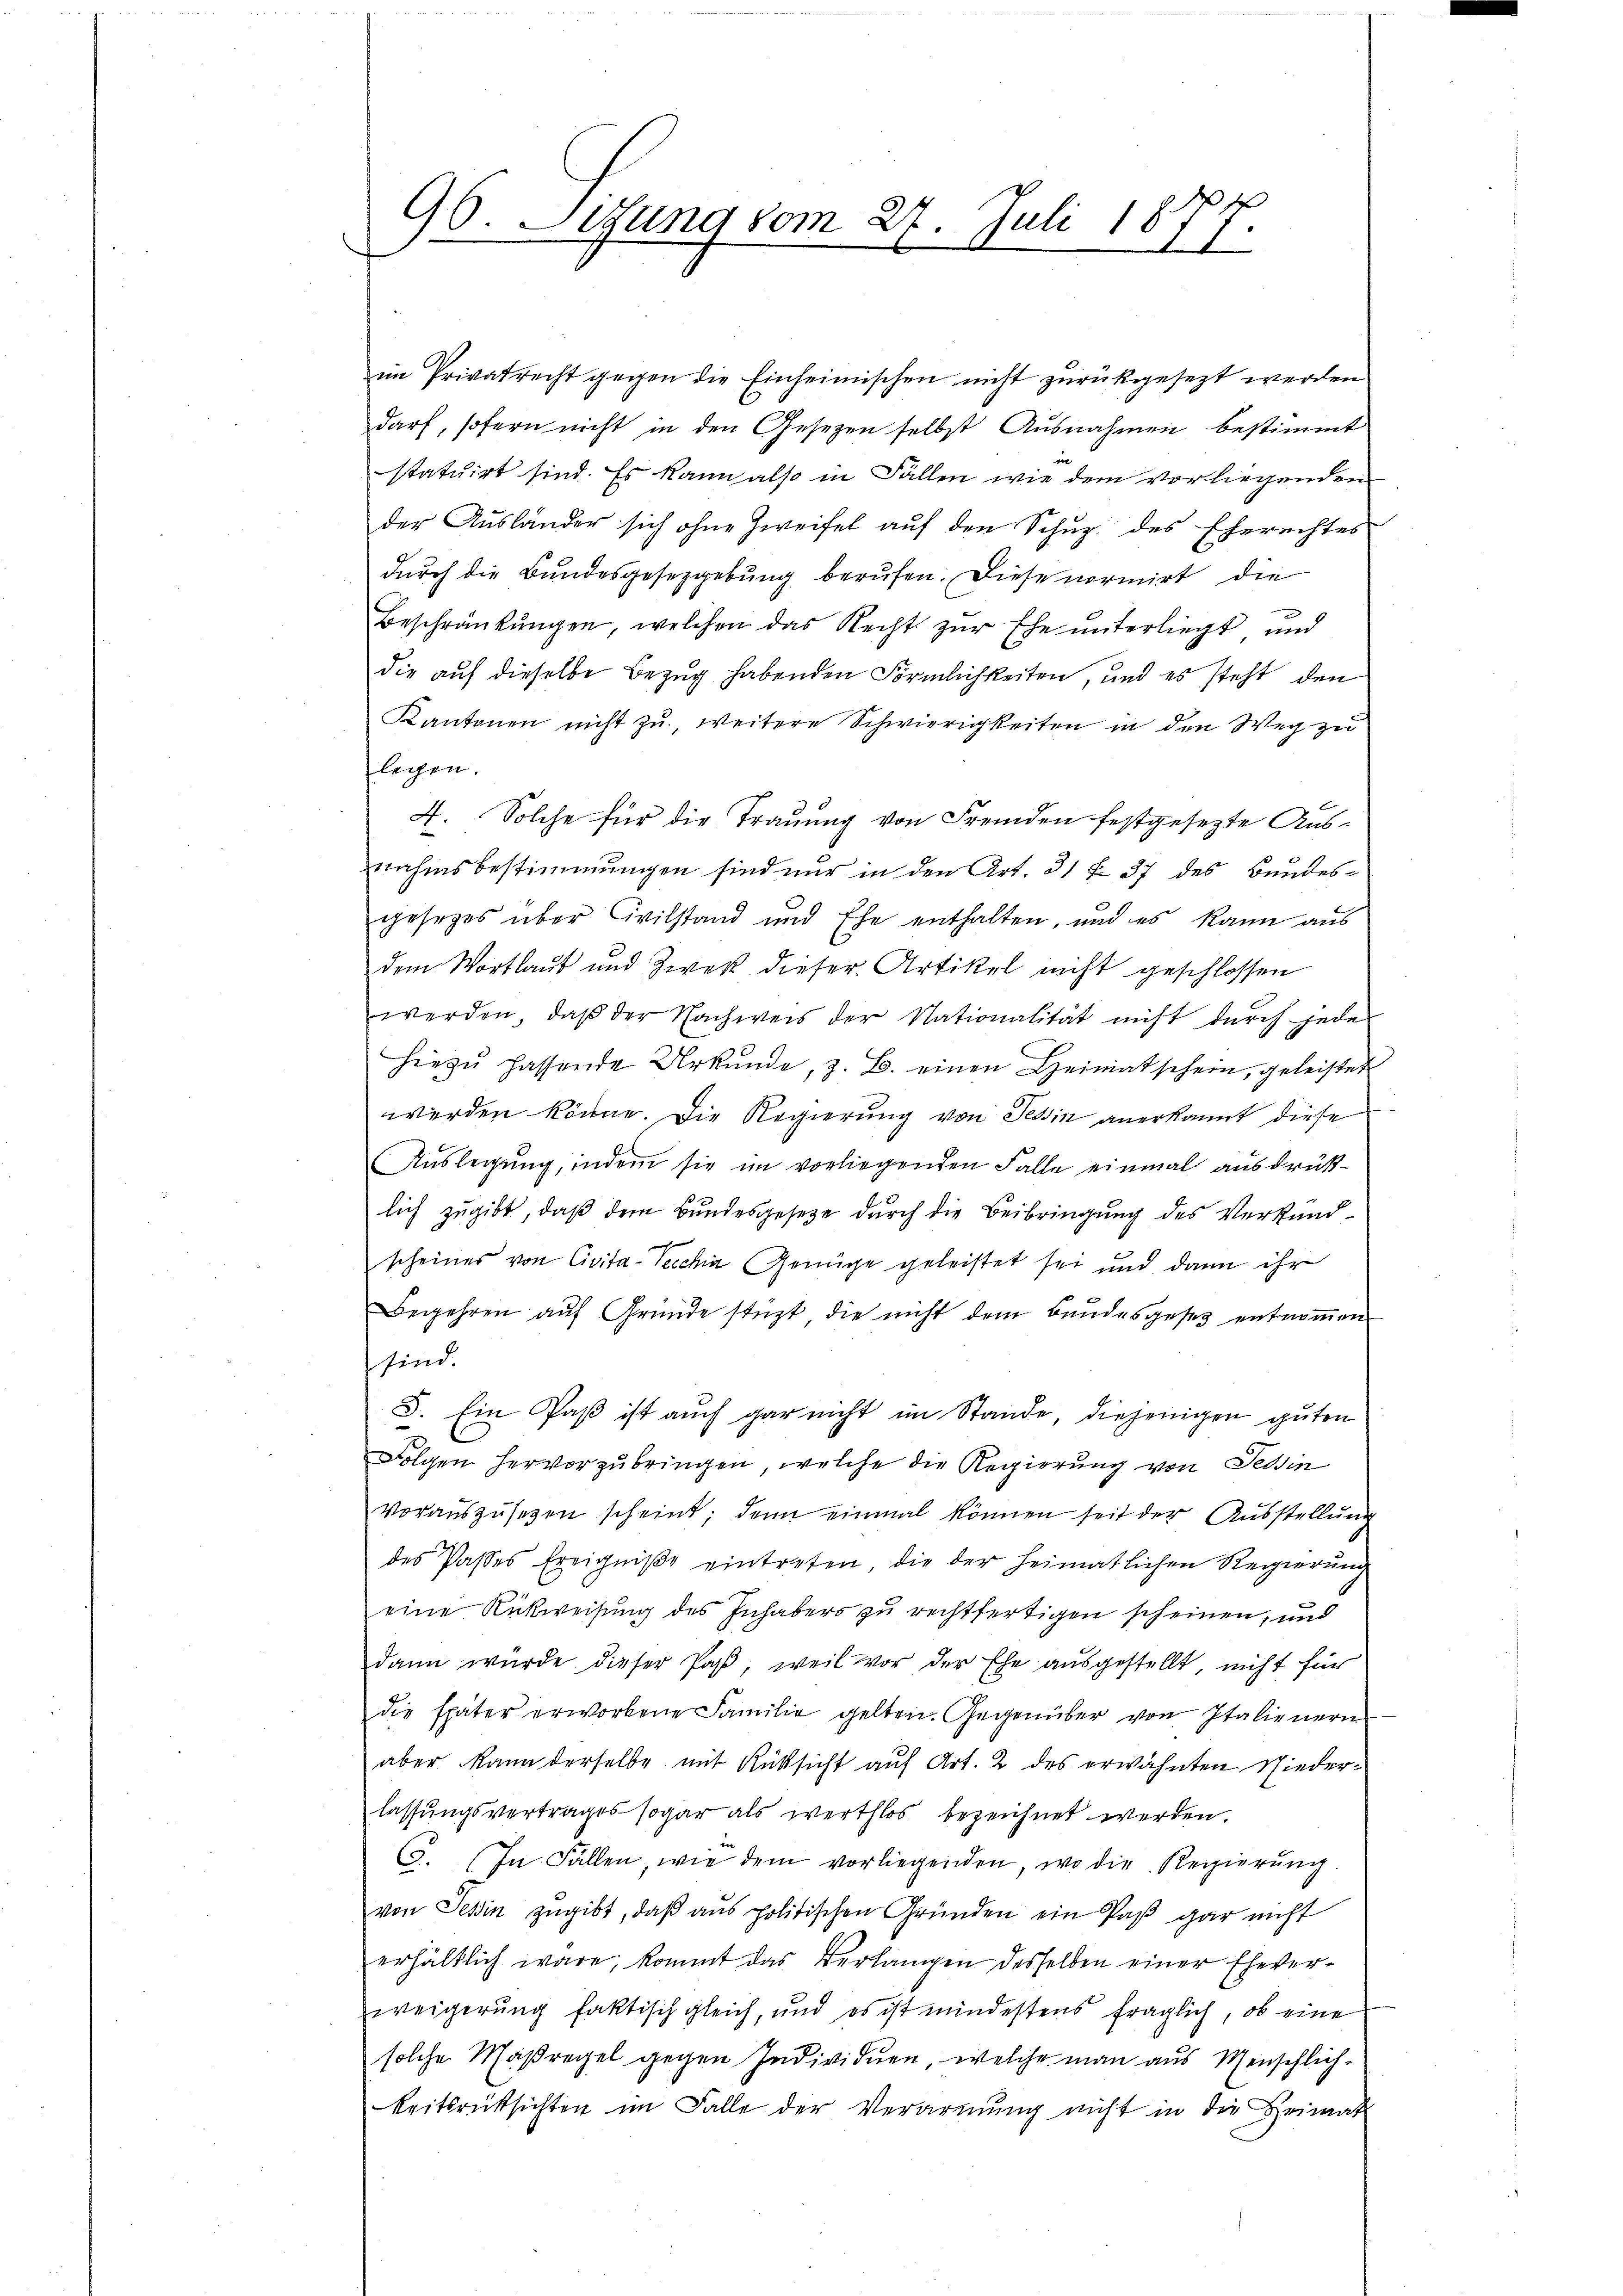
96. Sedung vom 27. Juli 18
S.
.

im Privatrecht gegen die Einheimischen nicht zurückgesezt werden
darf, sofern nicht in den Gesetzen selbst Ausnahmen bestimmt
statuirt sind. Es kann also in Fällen wie dem vorliegenden
der Ausländer sich ohne Zweifel auf den Schuz des Eherechtes
durch die Bundesgesetzgebung berufen. Diese normirt die
Beschränkungen, welchen das Recht zur Ehe unterliegt und
die auf dieselbe Bezug habenden Förmlichkeiten, und es steht den
Kantonen nicht zu, weitere Schwierigkeiten in den Weg zu
lechen.
4. Solche für die Trauung von Fremden festgesezte Ausnahmsbestimmungen sind nur in den Art. 31 f 37 des Bundesgesetzes über Civilstand und Ehe enthalten, und es kann aus
dem Wortlaut und Zwek dieser Artikel nicht geschlossen
werden, daβ der Nachweis der Nationalität nicht durch jede
hiezŭ hassende Urkunde, z. B. einen Heimatschein, geleistet
werden könne. Die Regierung von Tessin anerkannt diese
Auslegung, indem sie im vorliegenden Falle einmal ausdrüklich zugibt, daß dem Bundesgesetze durch die Beibringung des Verkundscheines von Civita-Pecchia Genüge geleistet sei und dann ihr
Begehren auf Gründe stüzt, die nicht dem Bundesgeses entnommen
sind.
3. Ein Paß ist auch gar nicht im Stande, diejenigen guten
Folgen hervorzubringen, welche die Regierung von Tessin
voraŭszŭsehen scheint; denn einmal können seit der Aŭsstellŭng
des Passes Ereigniße eintreten, die der heimatlichen Regierŭng
eine Rückweisung des Inhabers zu rechtfertigen scheinen, und
dann würde dieser Paß, weil vor der Ehe ausgestellt, nicht für
die später erworbene Familie gelten. Gegenüber von Italienern
aber kann derselbe mit Rüksicht auf Art. 2 des erwähnten Niederlassungsvertrages sogar als werthlos bezeichnet werden.
3. In Fällen, wie dem vorliegenden, wo die Regierŭng.
von Teßin zugibt, daβ aŭs politischen Gründen ein Paß gar nicht
erhältlich wäre, kommt das Verlangen desselben einer Eheverweigerung faktisch gleich, und es ist mindestens fraglich, ob eine
solche Maßregel gegen Individuen, welche man aus Menschlichkeitsrücksichten im Falle der Verarmung nicht in die Heimat